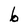
Character: b